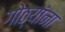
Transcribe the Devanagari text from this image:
गोठ्यांना